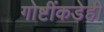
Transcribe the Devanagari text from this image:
गोष्टींकडेही